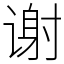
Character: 谢